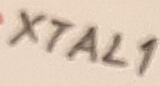
Text: XTAL1